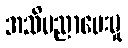
အသိပညာပေးမှု